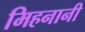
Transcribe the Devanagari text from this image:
मिहनानी